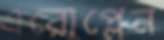
এরোপ্লেন